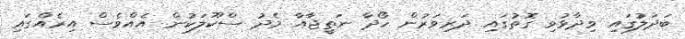
ބަދަލުގައި ވިދާޅުވި ގޮތުގައި ދަރިވަރުން ހޯދާ ނަތީޖާއާ މެދު ސްކޫލަކުން އެއްވެސް އިރެއްގައި